Civil Veterinary Department. Central Provinces & Berar 1925-31 - 1925-1931
Year: 1925
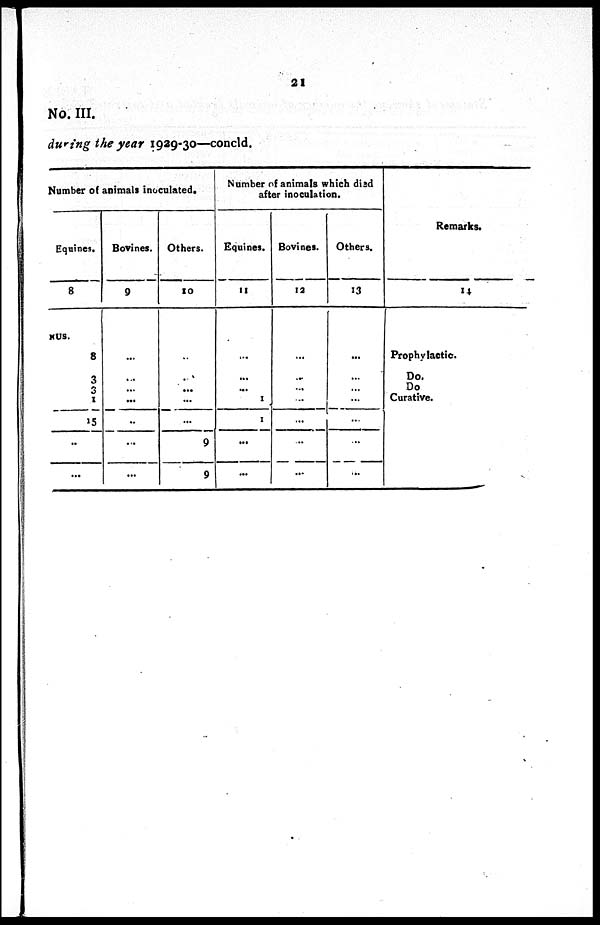
21
No. III.
during the year 1929-30—concld.
Number of animals inoculated.
Equities.
8
NUS.
8
3
3
1
15
..
...
Bovines.
9
...
...
...
...
..
...
...
Others.
10
...
..
...
...
...
9
9
Number of animals which disd
after inoculation.
Equines.
11
...
...
...
1
1
...
...
Bovines.
12
...
...
...
...
...
...
...
Others.
13
...
...
...
...
...
...
Remarks.
14
Prophylactic.
Do.
Do
Curative.